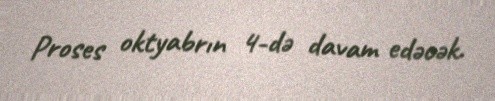
Proses oktyabrın 4-də davam edəcək.